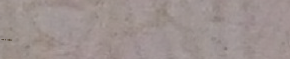
ATM Inside